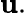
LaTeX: \mathbf{u}.